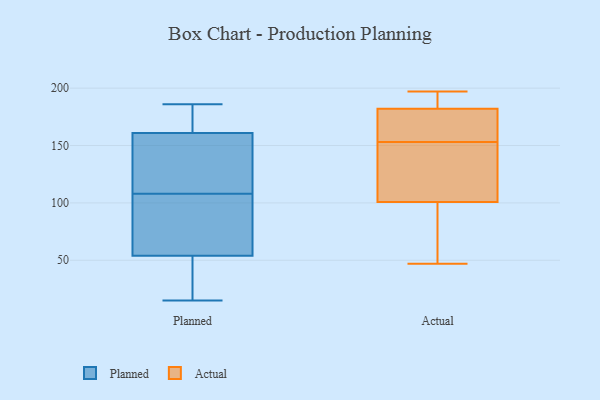
{"axis": {"x": "Page Views", "y": "Value"}, "legend": ["Actual", "Planned"], "data": [{"x": "", "y": 167, "type": "Planned"}, {"x": "", "y": 61, "type": "Planned"}, {"x": "", "y": 186, "type": "Planned"}, {"x": "", "y": 25, "type": "Planned"}, {"x": "", "y": 155, "type": "Planned"}, {"x": "", "y": 98, "type": "Planned"}, {"x": "", "y": 177, "type": "Planned"}, {"x": "", "y": 149, "type": "Planned"}, {"x": "", "y": 168, "type": "Planned"}, {"x": "", "y": 46, "type": "Planned"}, {"x": "", "y": 116, "type": "Planned"}, {"x": "", "y": 104, "type": "Planned"}, {"x": "", "y": 47, "type": "Planned"}, {"x": "", "y": 112, "type": "Planned"}, {"x": "", "y": 15, "type": "Planned"}, {"x": "", "y": 73, "type": "Planned"}, {"x": "", "y": 197, "type": "Actual"}, {"x": "", "y": 169, "type": "Actual"}, {"x": "", "y": 178, "type": "Actual"}, {"x": "", "y": 153, "type": "Actual"}, {"x": "", "y": 47, "type": "Actual"}, {"x": "", "y": 194, "type": "Actual"}, {"x": "", "y": 195, "type": "Actual"}, {"x": "", "y": 176, "type": "Actual"}, {"x": "", "y": 79, "type": "Actual"}, {"x": "", "y": 111, "type": "Actual"}, {"x": "", "y": 133, "type": "Actual"}, {"x": "", "y": 108, "type": "Actual"}, {"x": "", "y": 70, "type": "Actual"}]}